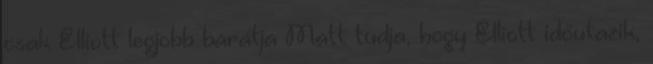
csak Elliott legjobb barátja Matt tudja, hogy Elliott időutazik,